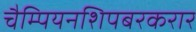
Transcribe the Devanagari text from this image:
चैम्पियनशिपबरकरार